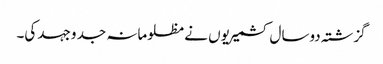
گزشتہ دوسال کشمیریوں نے مظلومانہ جد وجہد کی۔